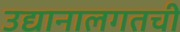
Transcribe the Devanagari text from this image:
उद्यानालगतची